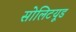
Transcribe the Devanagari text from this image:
सोलिटयूड